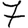
Digit: 7